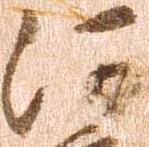
河